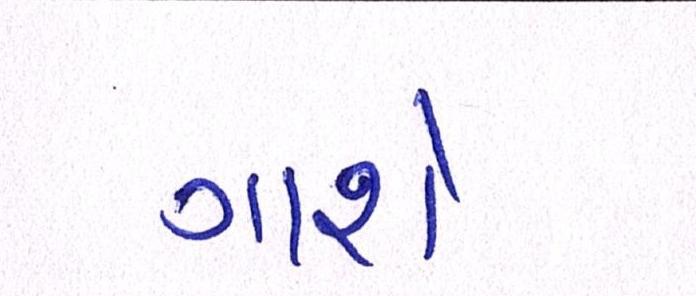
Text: ગાશે